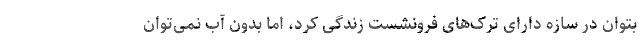
بتوان در سازه دارای ترک‌های فرونشست زندگی کرد، اما بدون آب نمی‌توان